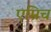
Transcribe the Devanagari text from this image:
एम्रिच